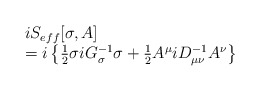
\begin{align*}\begin{array}{ll}iS_{eff}[\sigma,A]&\hspace*{21em}\\=i\left\{ \frac12 \sigma iG^{-1}_{\sigma} \sigma + \frac12 A^\mu iD^{-1}_{\mu \nu} A^\nu\right\}&\hspace*{21em}\end{array}\end{align*}